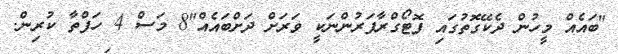
"ބައެއް މީހުން ދެކޭގޮތުގައި ފޮޓޯގްރާފަރުންނަކީ ވަރަށް ދަށްބައެއް"8 މަސް 4 ހަފްތާ ކުރިން.